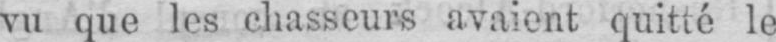
vu que les chasseurs avaient quitté le